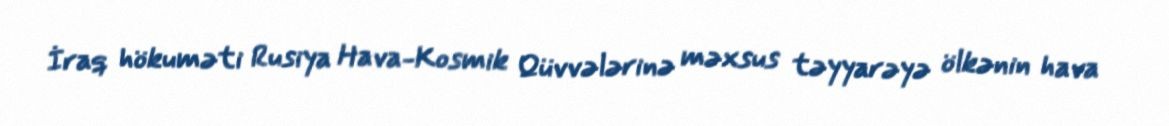
İraq hökuməti Rusiya Hava-Kosmik Qüvvələrinə məxsus təyyarəyə ölkənin hava